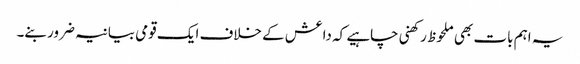
یہ اہم بات بھی ملحوظ رکھنی چاہیے کہ داعش کے خلاف ایک قومی بیانیہ ضرور بنے۔